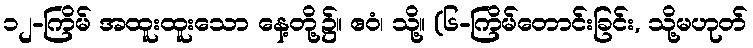
၁၂-ကြိမ် အထူးထူးသော နေ့တို့၌။ ဧဝံ၊ သို့။ (၆-ကြိမ်တောင်းခြင်း, သို့မဟုတ်